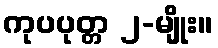
ကုပပုတ္တ ၂-မျိုး။